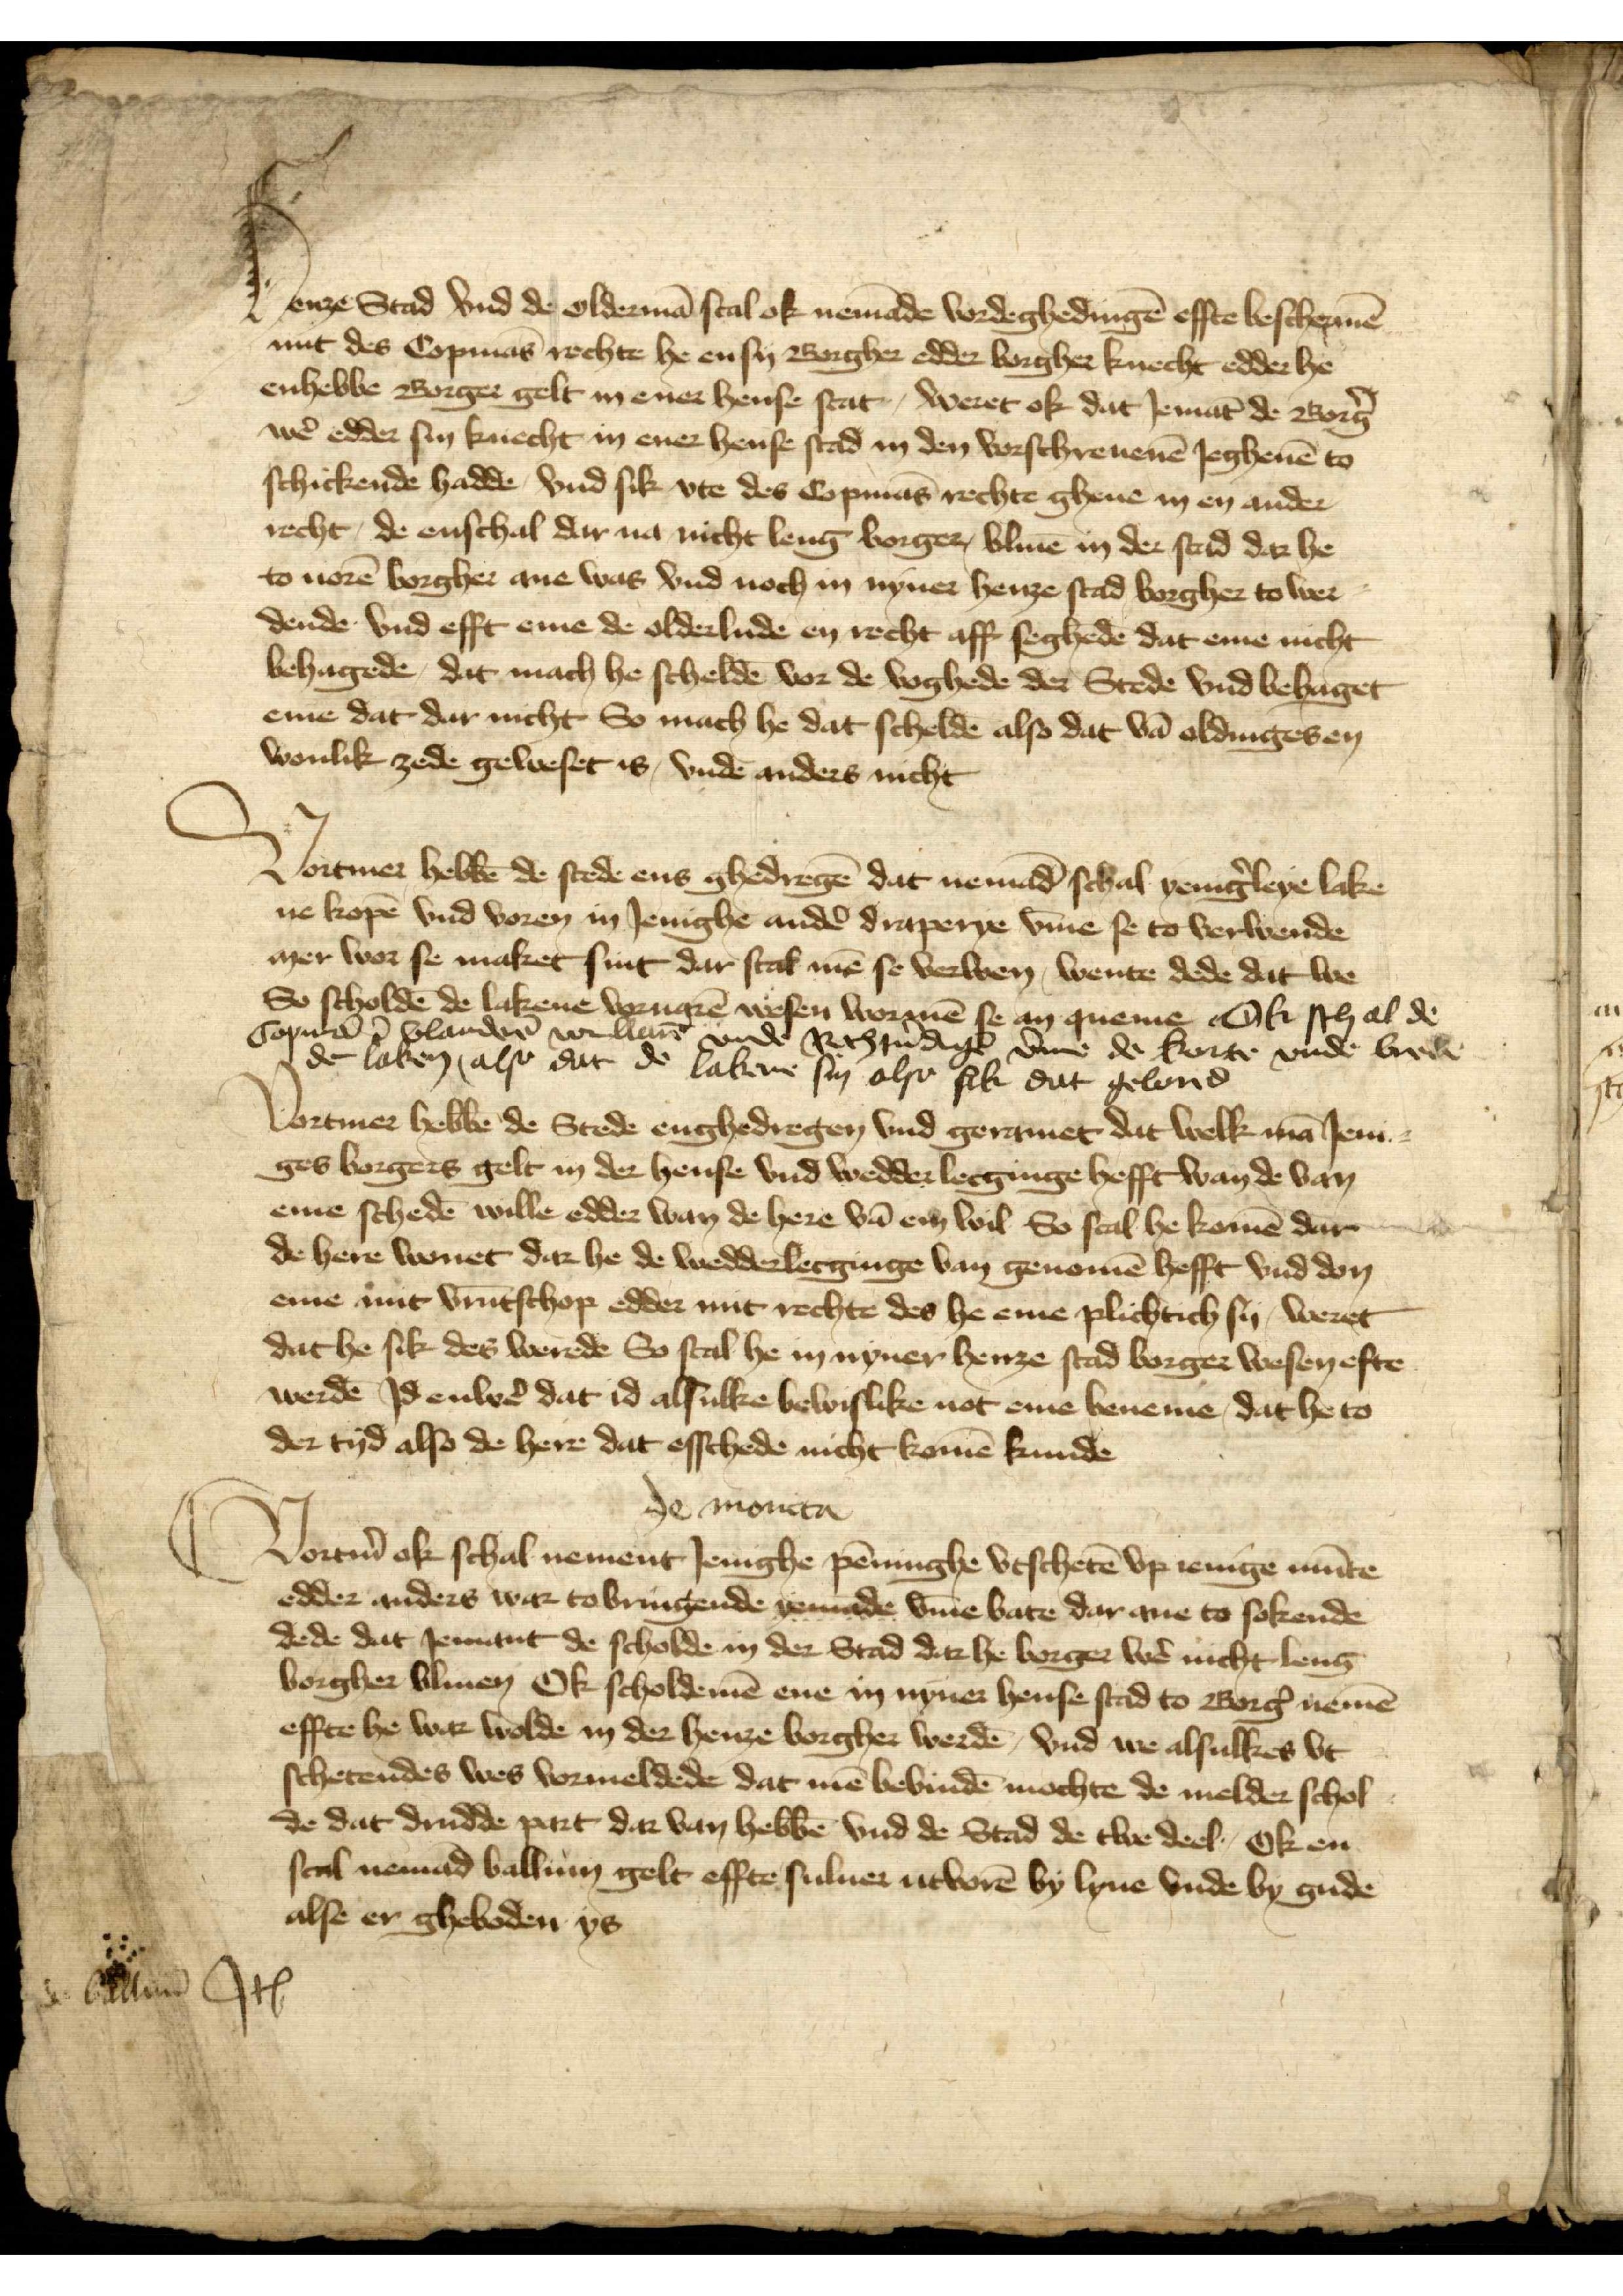
Henze Stad vnd de oldermā scal ok nemāde vordeghedingē effte beschermē
mit des Copmās rechte he en sy Borgher edder borgher knecht edder he
enhebbe Borger gelt in ener hense stat, weret ok dat Jemāt de Borg̉
wẻ edder sin knecht in ener hense stad in den vorschreuenē Jeghenē to
schickende hadde, vnd sik vte des Copmās rechte gheue in en ander
recht, de enschal dar na nicht leng borger, bliuē in der stad dar he
to uorē borgher ane was vnd noch in nyner henze stad borgher to wer¬
dende vnd efft eme de olderlude en recht aff seghedē dat eme nicht
behagede, dat mach he scheldē vor de voghede der Stede vnd behaget
eme dat dar nicht So mach he dat scheldē also dat vā oldingesen
wonlik zede geweset is, vnde anders nicht

Vortmer hebbē de stede ens ghedregē dat nemād schal yenig̉leye lake¬
ne kopē vnd voren in Jenighe andẻ draperye v̄me se to verwende
mer wor se maket sint dar scal mē se verwen, wente dede dat we
So scholdē de lakene voruarē wesen wormē se an queme Ok sch al de
Copmā i Vlanderē willen vnde Richtủdigē v̄me de korte vnde brele
de laken, also dat de lakene sin also sik dat gelond

Vortmer hebbē de Stede enghedregen vnd geramet dat welk mā Jeni¬
ges borgers gelt in der hense vnd wedderlecginge hefft wan de van
eme schedē wille edder wan de here vā em wil So scal he komē dar
de here wonet dar he de wedderlecginge van genomē hefft vnd don
eme mit vrūtschop edder mit rechte des he eme plichtich sy, weret
dat he sik des werede So scal he in nyner henze stad borger wesen efte
werdē Jd enwẻ dat id alsulke bewislike not eme beneme, dat he to
der tyd also de here dat esschede nicht komē kunde

de moncta

Vortm̉ ok schal nement Jenighe pēninghe vtschetē vp ienige mūte
edder anders war tobringende yemāde v̄me bate dar ane to sokende
dede dat Jemant de scholde in der Stad dar he borger wẻ nicht leng
borgher bliuen Ok scholdemē ene in nyner hense stad to Borg̉ nemē
effte he war wolde in der henze borgher werdē, vnd we alsulkes vt
schetendes wes vormeldede dat mē bevindē mochte de melder schol¬
de dat drudde part dar van hebbē vnd de Stad de twe deel, ok en
scal nemad ballum gelt effte suluer utvorē by lyue vnde by gude
alse er gheboden ys

Ballum JtꝬ